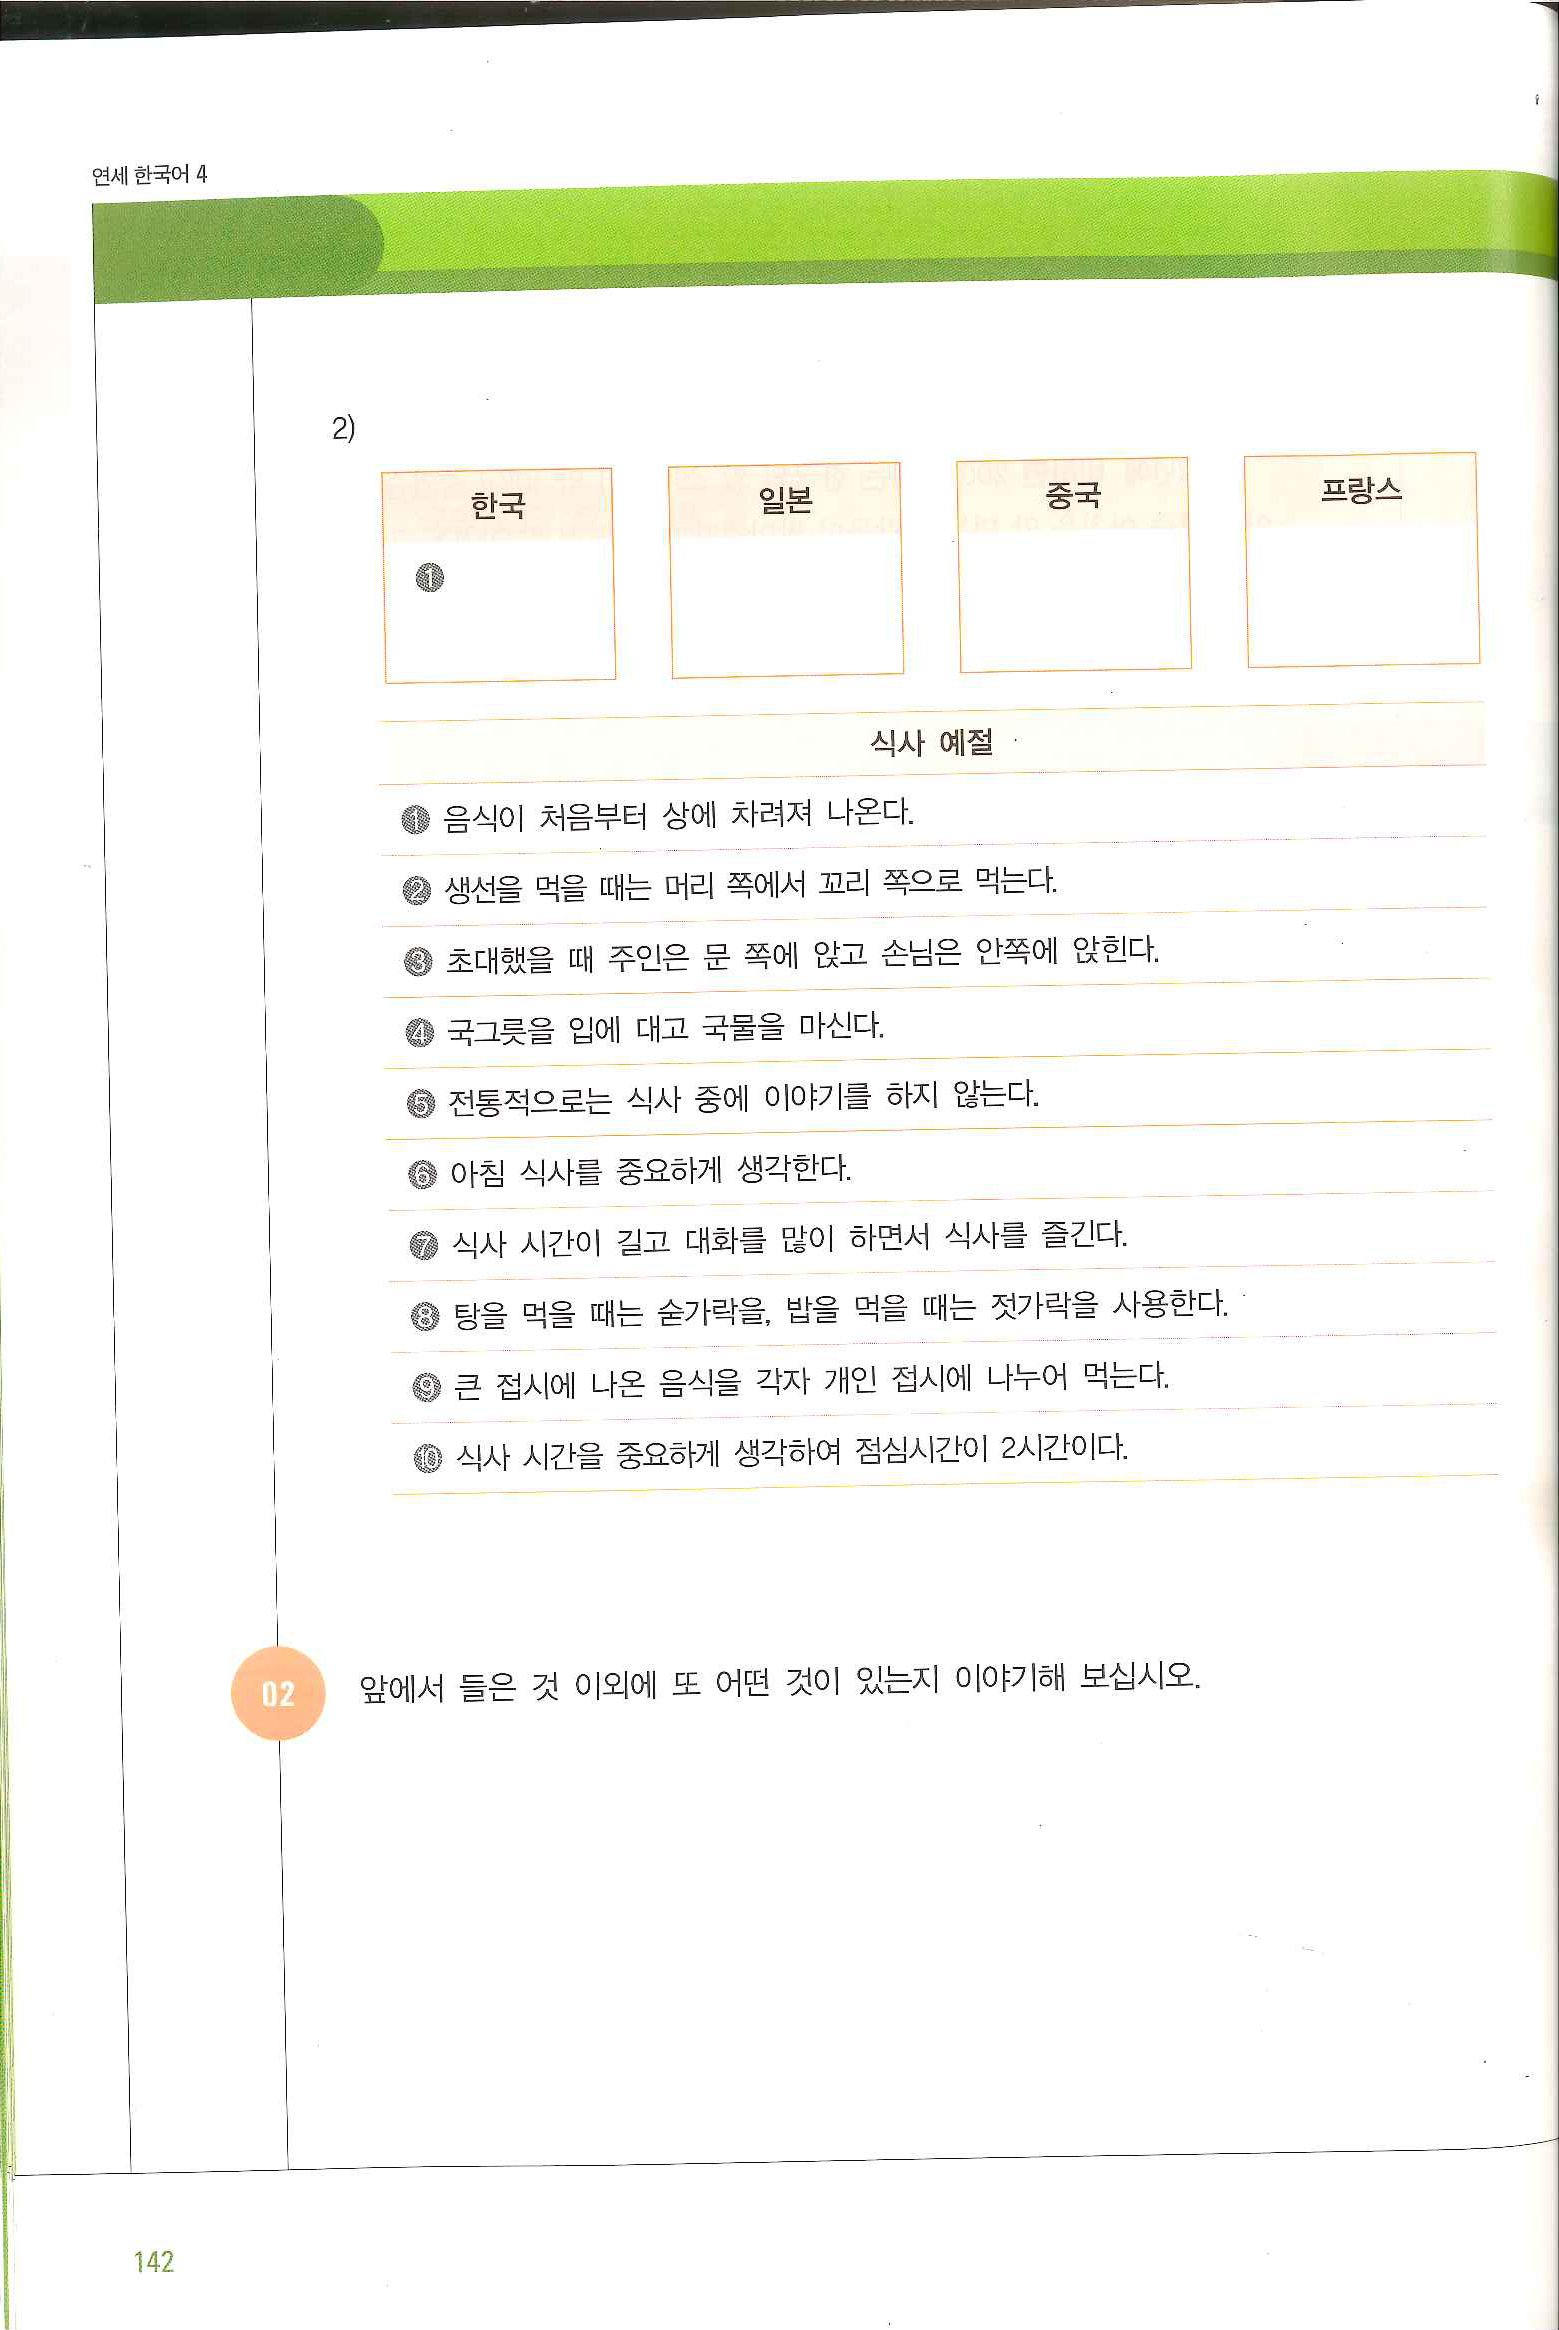
Language: ko